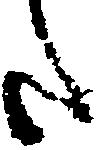
た